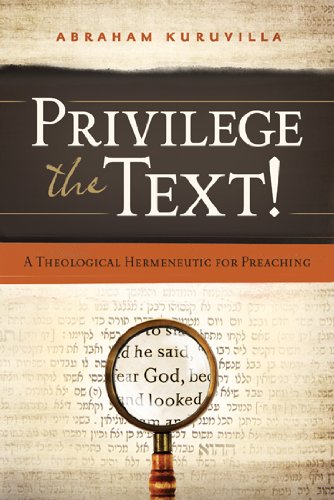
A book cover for Privilege the Text!: A Theological Hermeneutic for Preaching; Abraham Kuruvilla; Christian Books & Bibles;